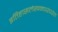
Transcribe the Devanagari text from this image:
इतिहासलेखनपरंपरेत